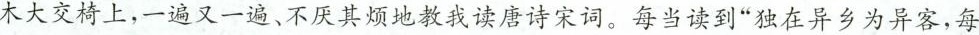
木大交椅上，一遍又一遍、不厌其烦地教我读唐诗宋词。每当读到”独在异乡为异客，每